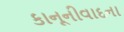
કાનૂનીવાદના